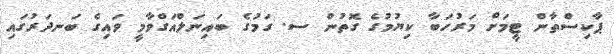
ޕާކިސްތާން ޓީމަށް މަރުހަބާ ކިޔުމުގެ ގޮތުން ސ. ގަމުގެ ބައިނަލްއަގްވާމީ ވައިގެ ބަނދަރުގައި